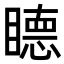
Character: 𥊸